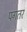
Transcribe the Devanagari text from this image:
पगतर